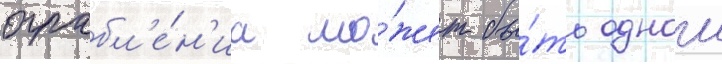
ограбл'е́н'иа мо́жет бы́ть однои